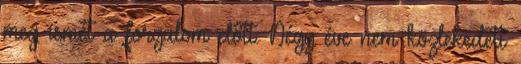
meg ismét a forgalom előtt. Négy éve nem közlekedett